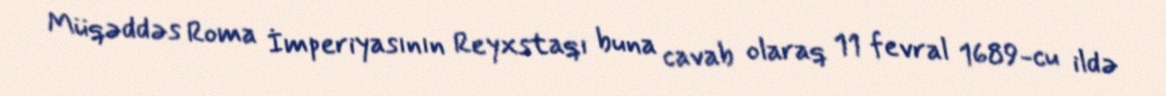
Müqəddəs Roma İmperiyasının Reyxstaqı buna cavab olaraq 11 fevral 1689-cu ildə